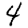
Digit: 4